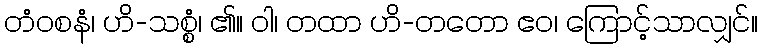
တံဝစနံ၊ ဟိ-သစ္စံ၊ ၏။ ဝါ၊ တထာ ဟိ-တတော ဧဝ၊ ကြောင့်သာလျှင်။